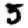
Digit: 5